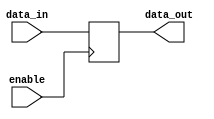
module tri_state_buffer (
    input wire enable,
    input wire data_in,
    output reg data_out
);

// Tri-state buffer logic
always @(posedge enable) begin
    if (enable) begin
        data_out <= data_in;
    end else begin
        data_out <= 1'bz; // High impedance state
    end
end

endmodule